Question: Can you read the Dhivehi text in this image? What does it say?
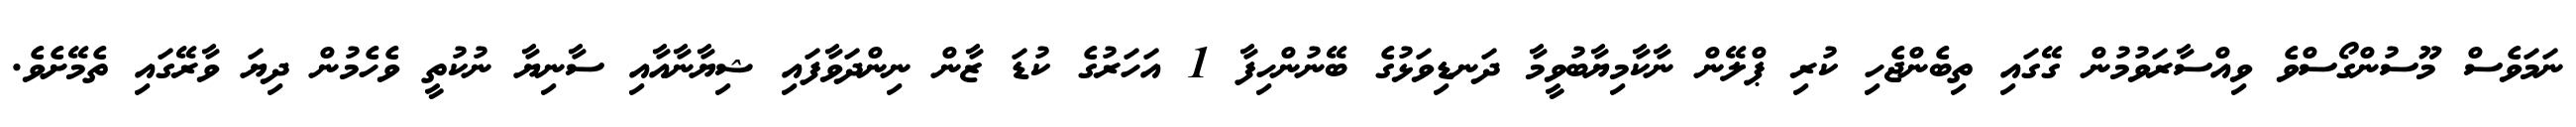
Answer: ނަމަވެސް މޫސުންގޯސްވެ ވިއްސާރަވުމުން ގޭގައި ތިބެންޖެހި ކުރި ޕްލޭން ނާކާމިޔާބުވީމާ ދަނޑިވަޅުގެ ބޭނުންހިފާ 1 އަހަރުގެ ކުޑަ ޒާން ނިންދަވާފައި ޝިޔާނާއާއި ސާނިޔާ ނުކުތީ ވެހެމުން ދިޔަ ވާރޭގައި ތެމޭށެވެ.